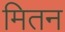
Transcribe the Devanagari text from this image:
मितन